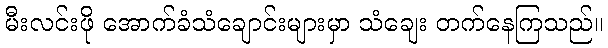
မီးလင်းဖို အောက်ခံသံချောင်းများမှာ သံချေး တက်နေကြသည်။